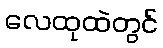
လေထုထဲတွင်